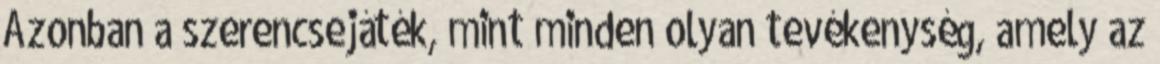
Azonban a szerencsejáték, mint minden olyan tevékenység, amely az